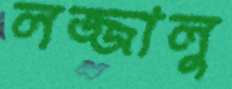
লজ্জালু